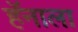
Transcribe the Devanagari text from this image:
हॅनाला